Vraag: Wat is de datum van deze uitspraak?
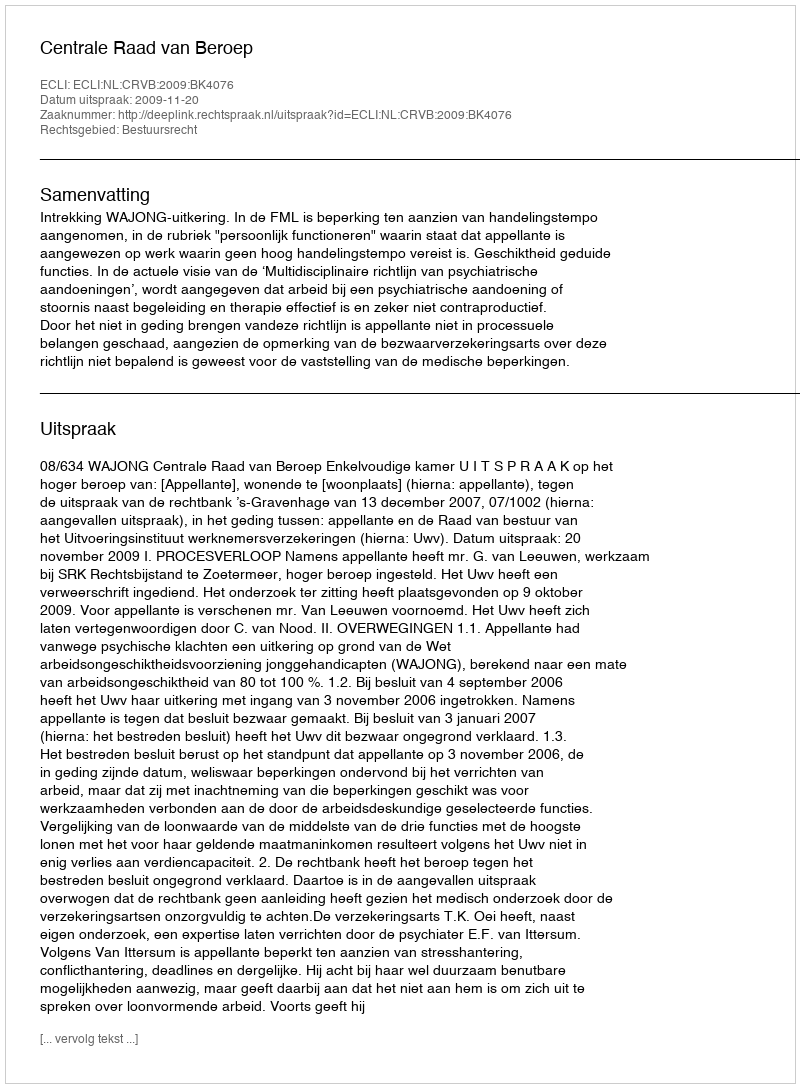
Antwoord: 2009-11-20